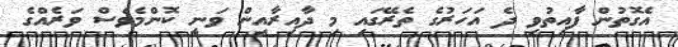
އެގޮތުން ފާއިތުވި ދެ އަހަރުގެ ތެރޭގައި މި ދާއިރާއިން ވަނީ ކޮންމެވެސް ވަރެއްގެ